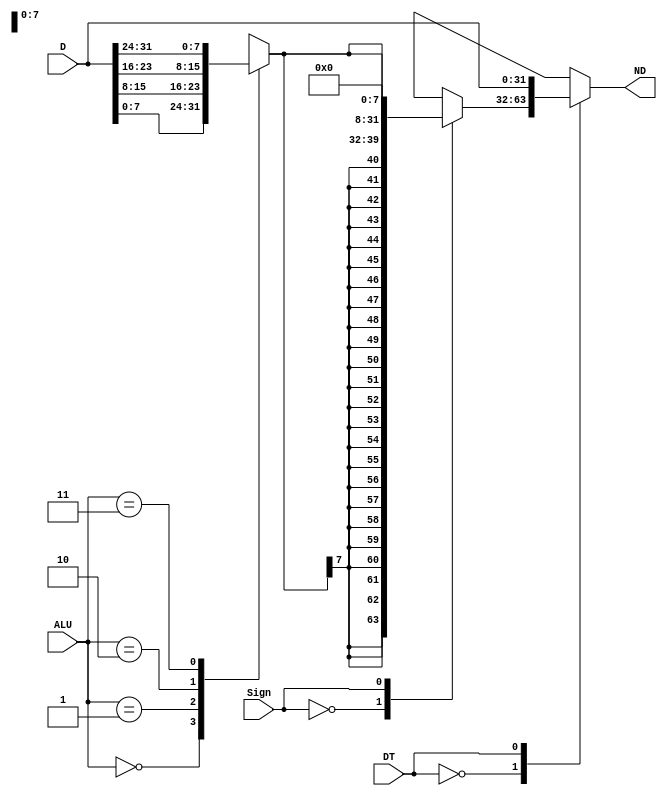
`timescale 1ns / 1ps
// Bloque para manejar la carga de un byte extendido en ceros o todos los bytes de un dato.(lbu/lw).
// Entradas: D = dato o palabra leda de memoria, ALU = ALU_Result[1:0], DT = Inst[13] y Sign = Inst[14].
// Salidas: ND = Byte extendido a 32 bits con/sin signo o toda la palabra de entrada.
/*
	Procedimiento:
	Dependiendo de la operacin (lw/lb) escribe en ND(New Data) la palabra completa, para en el caso de lw.
	y para el caso de lb se escribe en ND el byte escogido extendido a 32 bits con/sin signo en la parte ms significativa. 
*/
module LoadLogic	(
						input wire [31:0] D,
						input wire [1:0] ALU,
						input wire DT,Sign,
						output reg [31:0] ND
						);
						
reg [7:0] Byte;	
reg [31:0] Word;

always @(*)
	begin
		// Se selecciona el byte.
		case(ALU)								
			2'b00: 	Byte <= D [7:0];		
			2'b01: 	Byte <= D [15:8];
			2'b10: 	Byte <= D [23:16];
			2'b11: 	Byte <= D [31:24];
			default:	Byte <= 8'b0;
		endcase
		// Se selecciona la extensin del byte a 32 bits con/sin signo.
		case(Sign)
			1'b0:		Word <= {{24{Byte[7]}},Byte};
			1'b1:		Word <= {{24'b0},Byte};
			default:	Word <= 32'b0;
		endcase
		// Se selecciona cual dato almacenar en ND.(lw/lb)
		case(DT)
			1'b0:		ND <= Word;
			1'b1:		ND <= D;
			default:	ND <= 32'b0;
		endcase
	end
endmodule